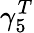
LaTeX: \gamma_{5}^{T}